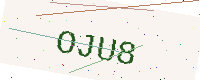
Text: OJU8